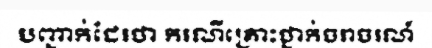
បញ្ជាក់ដែរថា ករណីគ្រោះថ្នាក់ចរាចរណ៍